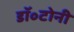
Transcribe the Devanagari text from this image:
डॉ॰टोनी